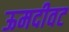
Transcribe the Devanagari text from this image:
ऊमदीवट